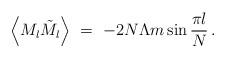
LaTeX: \begin{align*}\left\langle M_l\tilde{M}_l\right\rangle\ =\ -2N\Lambda m\sin\frac{\pi l}{N}\,.\end{align*}